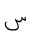
Letter: _sin